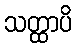
သတ္ထာပိ